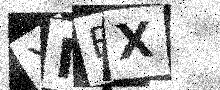
Text: XMEX